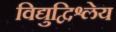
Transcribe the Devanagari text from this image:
विद्युद्विश्लेय